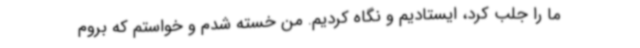
ما را جلب کرد، ایستادیم و نگاه کردیم. من خسته شدم و خواستم که بروم